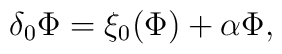
\delta_0 \Phi = \xi_0(\Phi) + \alpha \Phi,